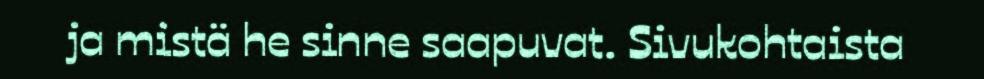
ja mistä he sinne saapuvat. Sivukohtaista